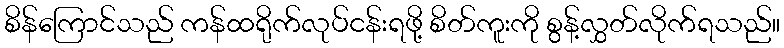
စိန်ကြောင်သည် ကန်ထရိုက်လုပ်ငန်းရဖို့ စိတ်ကူးကို စွန့်လွှတ်လိုက်ရသည်။